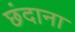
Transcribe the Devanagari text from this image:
छंदाना